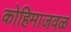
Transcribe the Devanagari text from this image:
कोहिमाजवळ